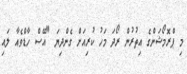
މި ޕްރޮމޯޝަންގެ އިތުރުން ރޯދަ މަހު ކުރިއަށް ގެންދިޔަ "އޭސް ހާޑްވެއާ ލައި